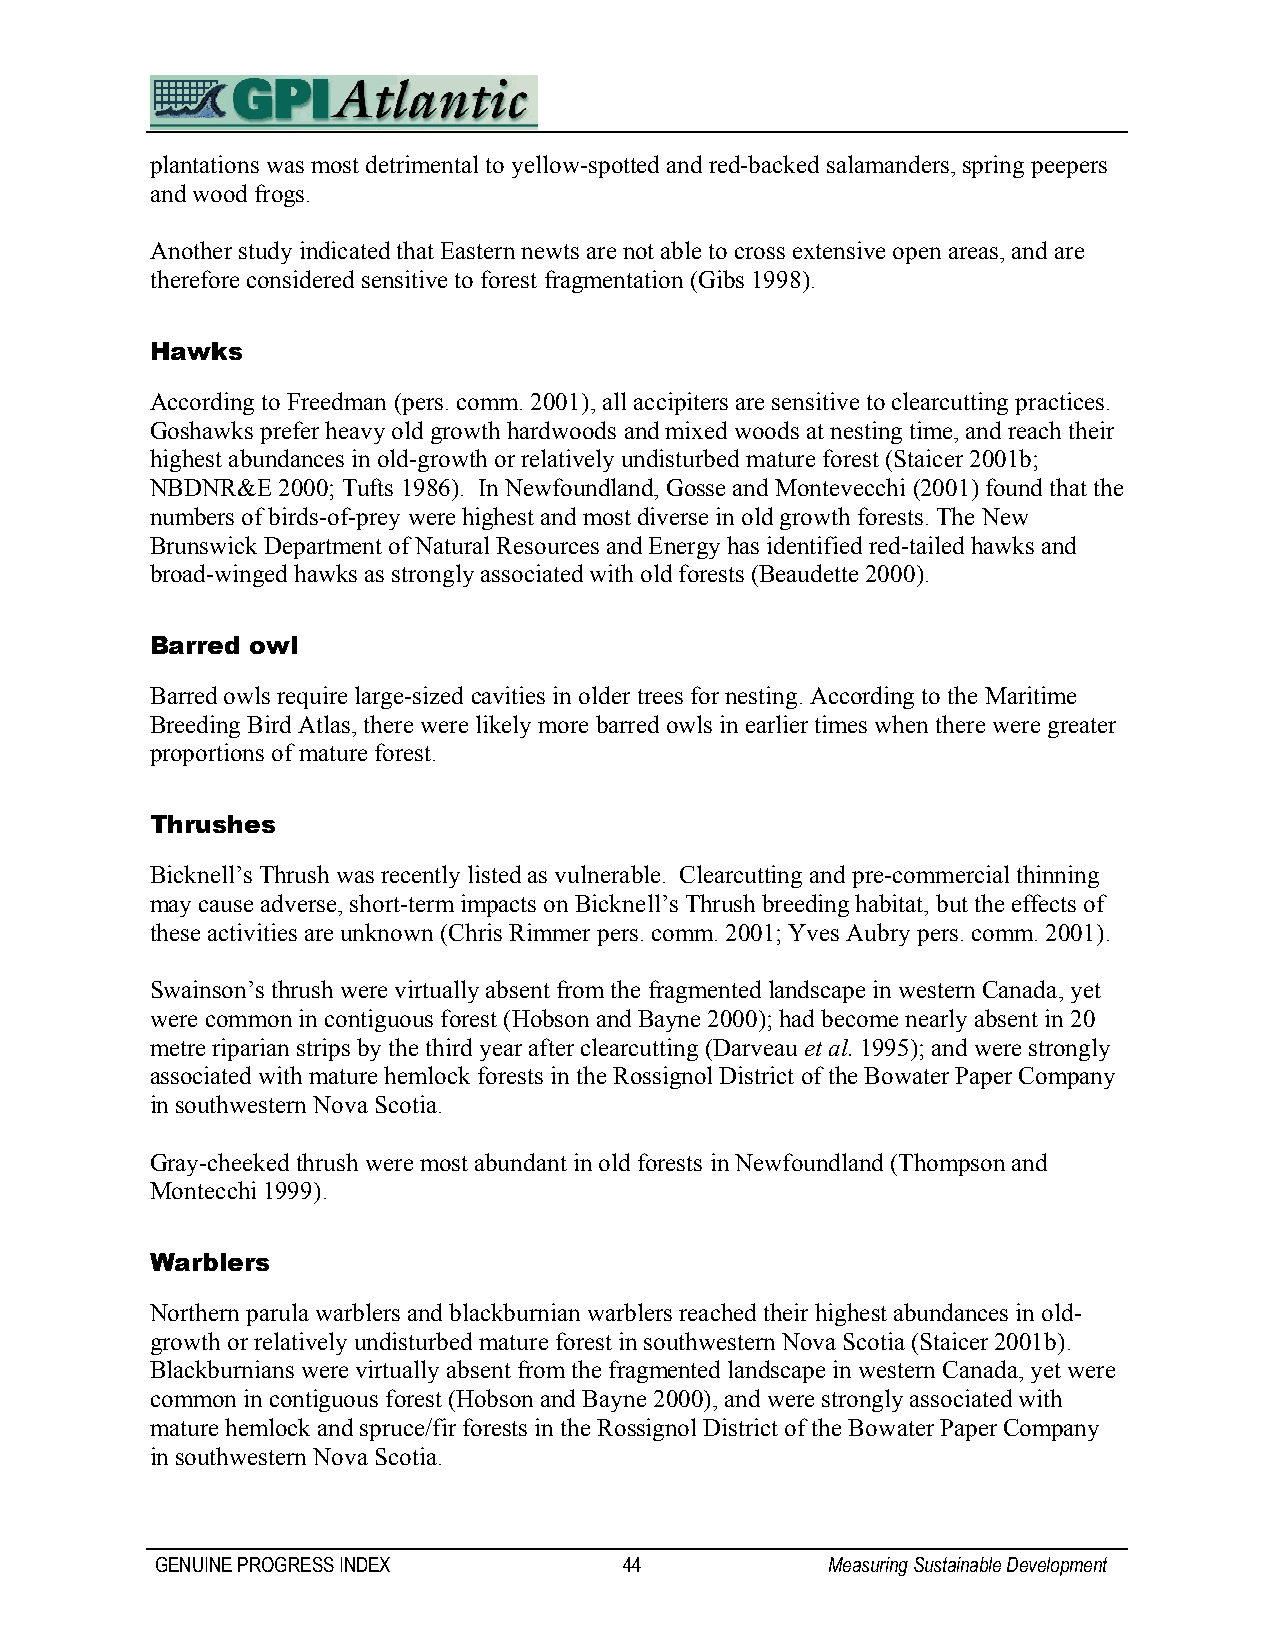
plantations was most detrimental to yellow-spotted and red-backed salamanders, spring peepers
 and wood frogs.
 Another study indicated that Eastern newts are not able to cross extensive open areas, and are
 therefore considered sensitive to forest fragmentation (Gibs 1998).
 Hawks
 According to Freedman (pers. comm. 2001), all accipiters are sensitive to clearcutting practices.
 Goshawks prefer heavy old growth hardwoods and mixed woods at nesting time, and reach their
 highest abundances in old-growth or relatively undisturbed mature forest (Staicer 2001b;
 NBDNR&E 2000; Tufts 1986). In Newfoundland, Gosse and Montevecchi (2001) found that the
 numbers of birds-of-prey were highest and most diverse in old growth forests. The New
 Brunswick Department of Natural Resources and Energy has identified red-tailed hawks and
 broad-winged hawks as strongly associated with old forests (Beaudette 2000).
 Barred owl
 Barred owls require large-sized cavities in older trees for nesting. According to the Maritime
 Breeding Bird Atlas, there were likely more barred owls in earlier times when there were greater
 proportions of mature forest.
 Thrushes
 Bicknell’s Thrush was recently listed as vulnerable. Clearcutting and pre-commercial thinning
 may cause adverse, short-term impacts on Bicknell’s Thrush breeding habitat, but the effects of
 these activities are unknown (Chris Rimmer pers. comm. 2001; Yves Aubry pers. comm. 2001).
 Swainson’s thrush were virtually absent from the fragmented landscape in western Canada, yet
 were common in contiguous forest (Hobson and Bayne 2000); had become nearly absent in 20
 metre riparian strips by the third year after clearcutting (Darveau et al. 1995); and were strongly
 associated with mature hemlock forests in the Rossignol District of the Bowater Paper Company
 in southwestern Nova Scotia.
 Gray-cheeked thrush were most abundant in old forests in Newfoundland (Thompson and
 Montecchi 1999).
 Warblers
 Northern parula warblers and blackburnian warblers reached their highest abundances in old-
 growth or relatively undisturbed mature forest in southwestern Nova Scotia (Staicer 2001b).
 Blackburnians were virtually absent from the fragmented landscape in western Canada, yet were
 common in contiguous forest (Hobson and Bayne 2000), and were strongly associated with
 mature hemlock and spruce/fir forests in the Rossignol District of the Bowater Paper Company
 in southwestern Nova Scotia.
 GENUINE PROGRESS INDEX         44            Measuring Sustainable Development